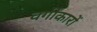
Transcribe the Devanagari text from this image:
वर्गीकारों